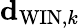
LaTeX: {\mathbf d}_{\mathrm{WIN},k}